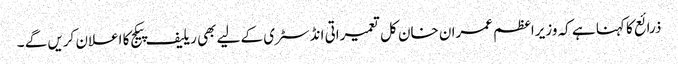
ذرائع کا کہنا ہے کہ وزیراعظم عمران خان کل تعمیراتی انڈسٹری کے لیے بھی ریلیف پیکج کا اعلان کریں گے ۔